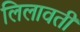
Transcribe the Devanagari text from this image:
लिलावती